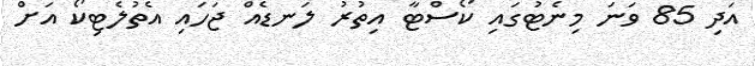
އަދި 85 ވަނަ މިނެޓުގައި ކޯސްޓާ އިތުރު ލަނޑެއް ޖަހައި އެތުލެޓިކޯ އަށް